Leningradi_Edasi_toimetus, lk 78
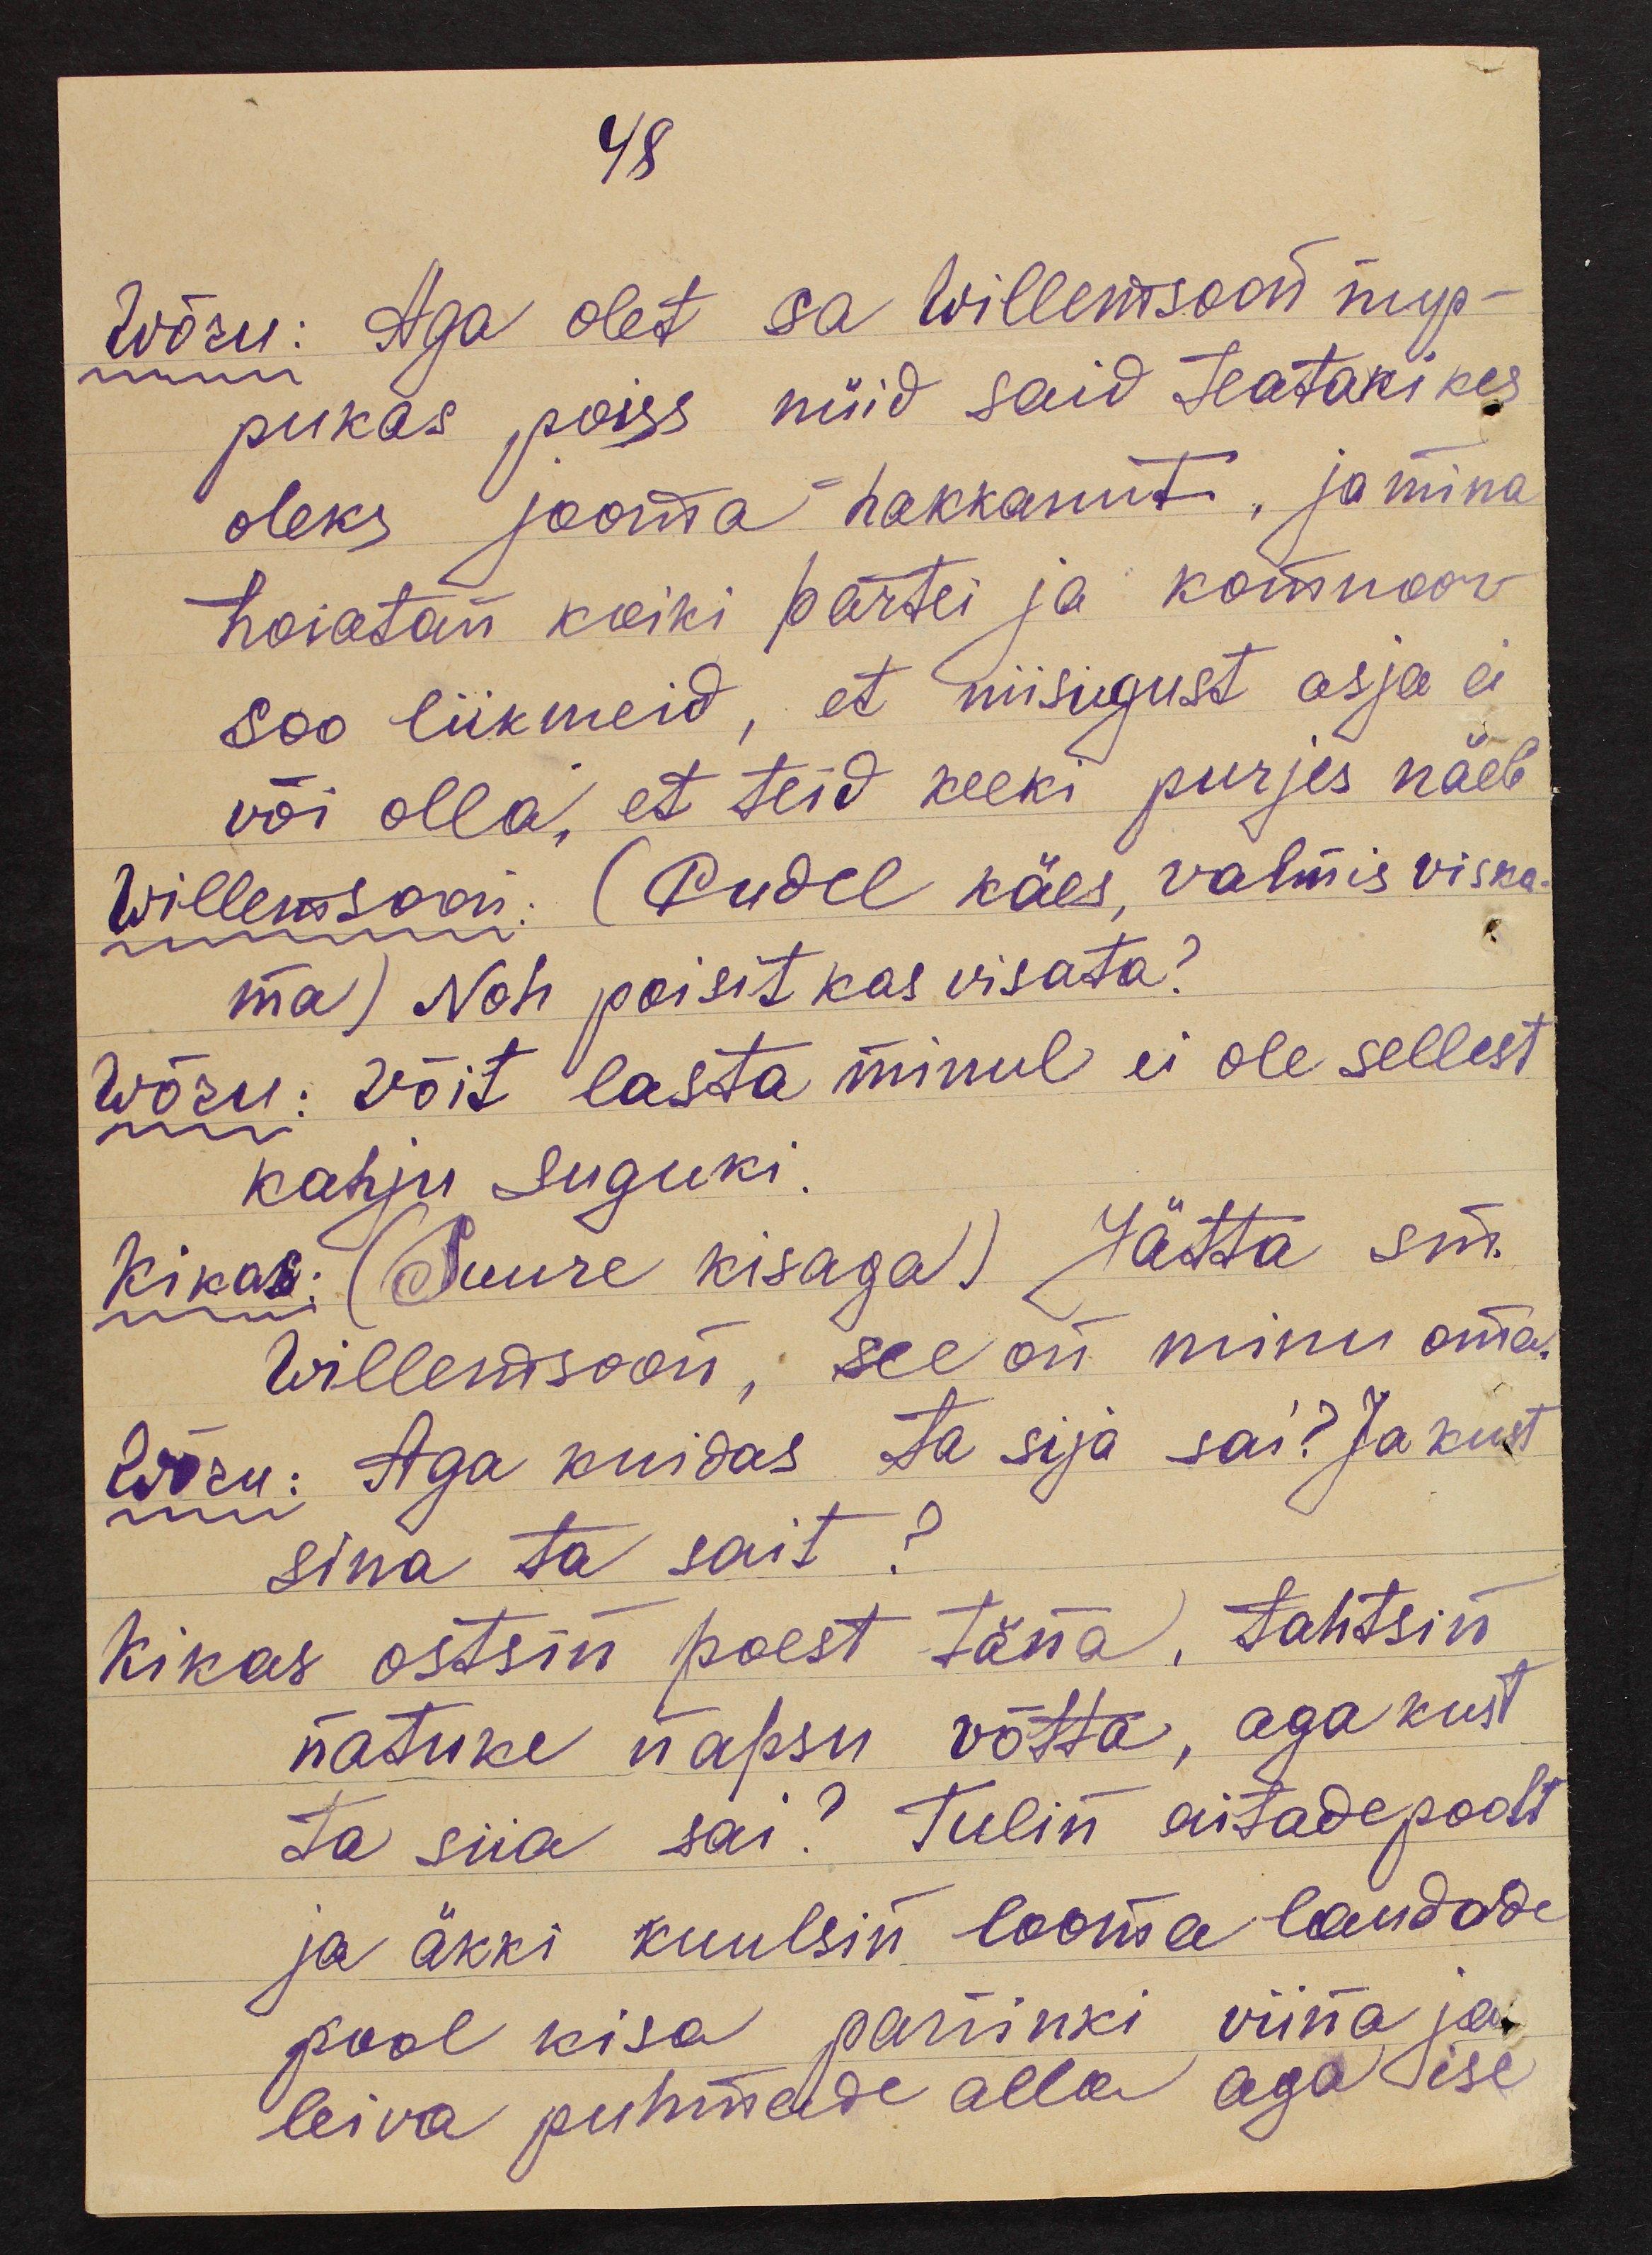
48
Wõru: Aga olet sa Willemsoon nup-
pukas poiss nüid said teataki kes
oleks jooma hakkanut, ja mina
hoiatan koiki partei ja komnoor-
soo liikmeid, et niisugust asja ei
või olla, et teid keeki purjes näeb
Willemsoon: (Pudel käes, valmis viska-
ma) Noh poisit kas visata?
Wõru: Võit lasta minul ei ole sellest
kahju suguki.
Kikas: (Suure kisaga) Jätta sm.
Willemsoon, see on minu oma.
Wõru: Aga kuidas ta sija sai? Ja kust
sina ta sait?
Kikas ostsin poest täna, tahtsin
natuke napsu võtta, aga kust
ta siia sai? Tulin aitadepoolt
ja äkki kuulsin looma laudade
pool kisa paninki viina ja
leiva puhmade alla aga ise